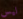
ليس